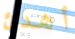
أهدئ